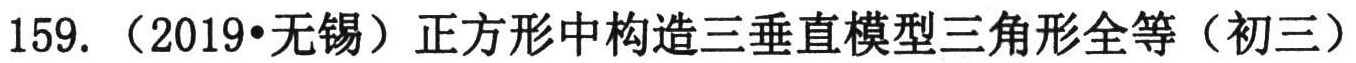
159. （2019•无锡）正方形中构造三垂直模型三角形全等（初三）